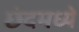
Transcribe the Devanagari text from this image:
छंदमध्ये